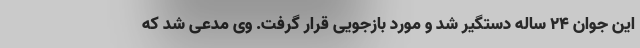
این جوان ۲۴ ساله دستگیر شد و مورد بازجویی قرار گرفت. وی مدعی شد که